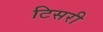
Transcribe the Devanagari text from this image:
टिसरी